Voisiku_vallavalitsus, lk 295
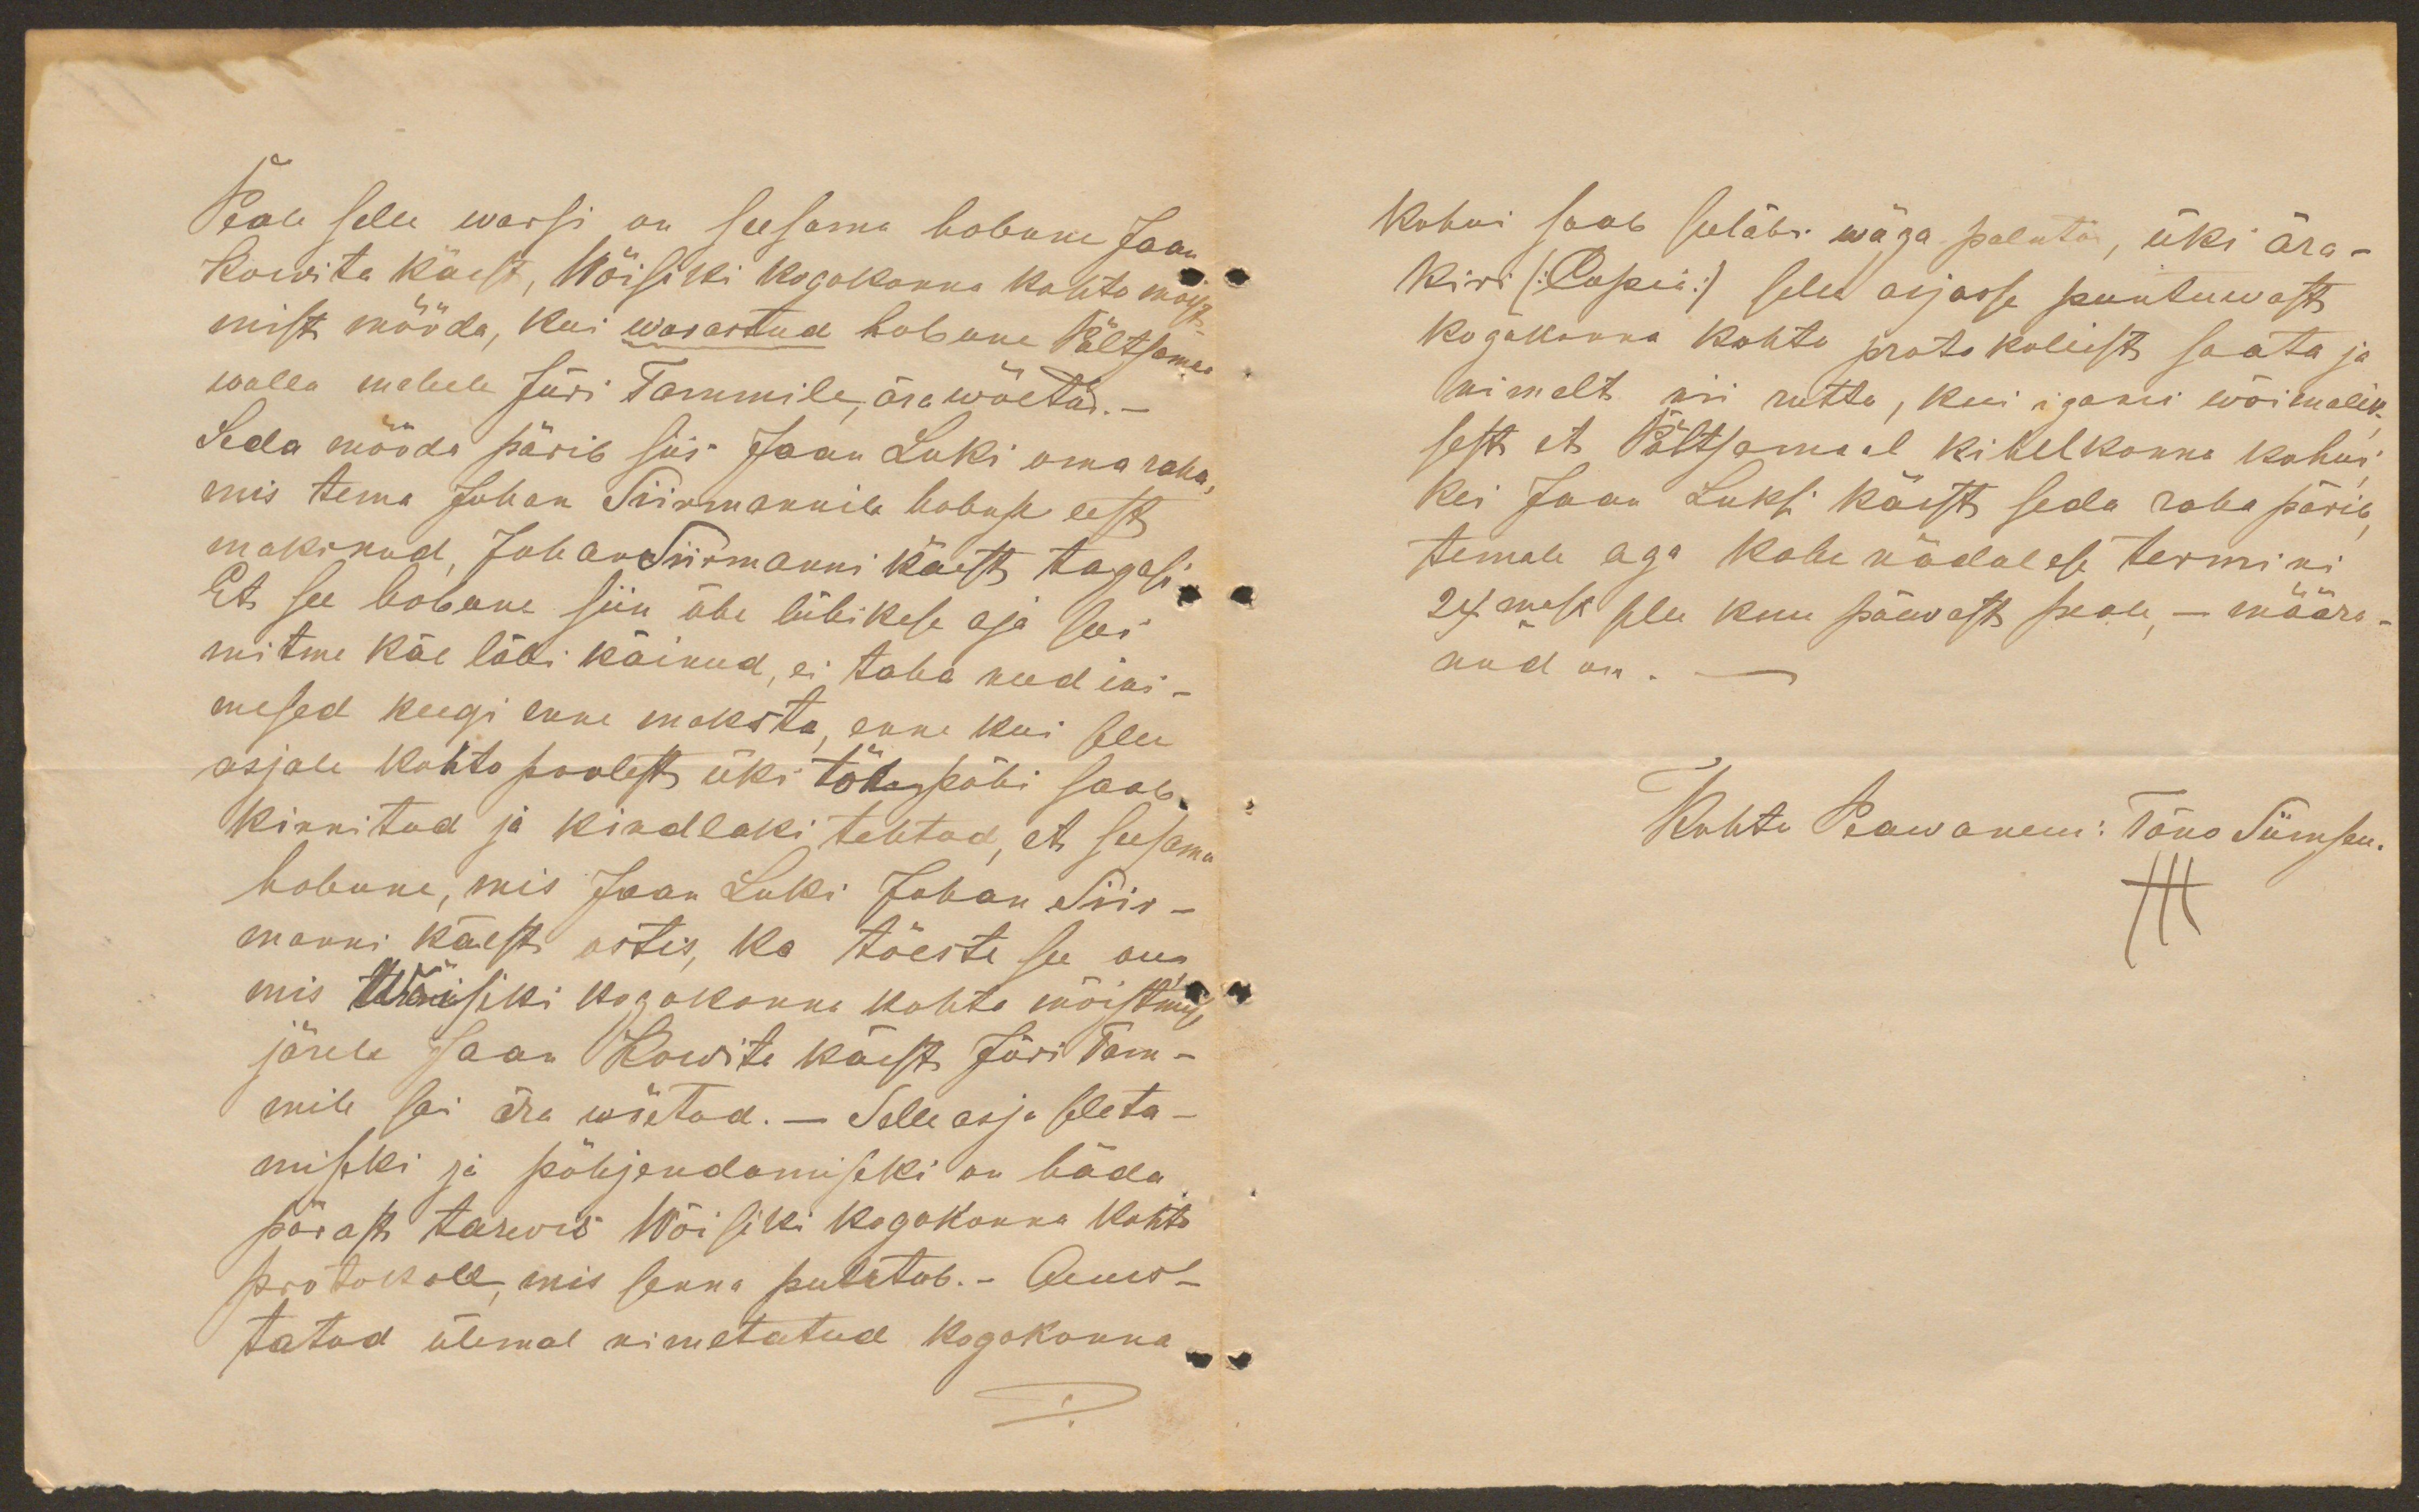
Peale selle warsi on seesama hobune Jaan
Kowite käest, Wõisiki kogokonna kohto mõist-
mist mööda, kui warastud hobune Põltsamaa
walla mehele Jüri Tammile, ära wõetud.
Seda mööda pärib siis Jaan Luki oma raha
mis tema Juhan Siirmannile hobuse eest
maksnud, Juhan Siirmanni käest tagasi.
Et see hobune siin ühe lühikese aja sees
mitme käe läbi käinud, ei taha need ini-
mesed keegi enne maksta, enne kui selle
asjale kohto poolest üki tõe põhi saab
kinnitud ja kindlaks tehtud, et seesama
hobune, mis Jaan Luki Johan Siir-
manni käest ostis, ka tõeste see on
mis Wõisiki kogokonna kohto mõistmise
järele Jaan Kowite käest Jüri Tam-
mile sai ära wõetud. - Selle asja seleta-
miseks ja põhjendamiseks on häda
pärast tarwis Wõisiki kogokonna kohto
protokoll, mis senna pututab.- Auus-
tatud ülemal nimetatud kogokonna

kohus saab seeläbi wäga palutud, üks ära-
kiri (Copia.) selle asjasse puutuwast
kogokonna kohto protokollist saata ja
nimelt asi ruttu, kui iganis wõimalik
sest et Põltsamaal kihelkonna kohus
kes Jaan Luksi käest seda raha pärib,
temale aga kahe nädalase terminiks
24mast selle kuu päewast peale, - määra-
nud on.
Kohtu Peawanem: Tõno Siimsen
+++